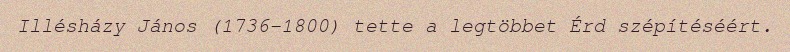
Illésházy János (1736-1800) tette a legtöbbet Érd szépítéséért.